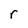
Character: r